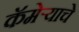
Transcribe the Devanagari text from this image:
कॅमेर्‍याचे